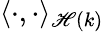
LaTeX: \langle\cdot,\cdot\rangle_{\mathscr{H}(k)}